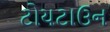
ટોયટાઉન